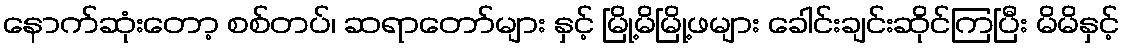
နောက်ဆုံးတော့ စစ်တပ်၊ ဆရာတော်များ နှင့် မြို့မိမြို့ဖများ ခေါင်းချင်းဆိုင်ကြပြီး မိမိနှင့်